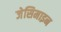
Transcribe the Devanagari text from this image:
जेसिमाइन